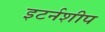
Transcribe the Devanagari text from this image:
इटर्नशीप